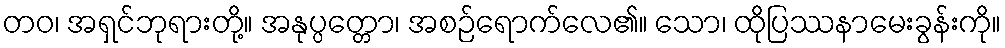
တဝ၊ အရှင်ဘုရားတို့။ အနုပ္ပတ္တော၊ အစဉ်ရောက်လေ၏။ သော၊ ထိုပြဿနာမေးခွန်းကို။